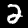
Digit: 2